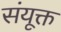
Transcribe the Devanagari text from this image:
संयूक्त